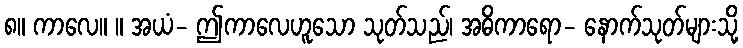
၈။ ကာလေ။ ။ အယံ- ဤကာလေဟူသော သုတ်သည်၊ အဓိကာရော- နောက်သုတ်များသို့